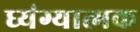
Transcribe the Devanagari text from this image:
ध्यंग्यात्मक